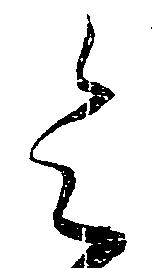
令